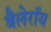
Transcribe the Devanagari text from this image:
बैलेरॉय